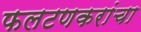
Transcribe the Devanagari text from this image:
फलटणकरांचा